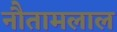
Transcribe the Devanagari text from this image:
नौतामलाल